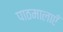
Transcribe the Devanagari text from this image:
पाठमालाएँ